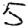
Digit: 5